Leaving Certificate Examination, 1904
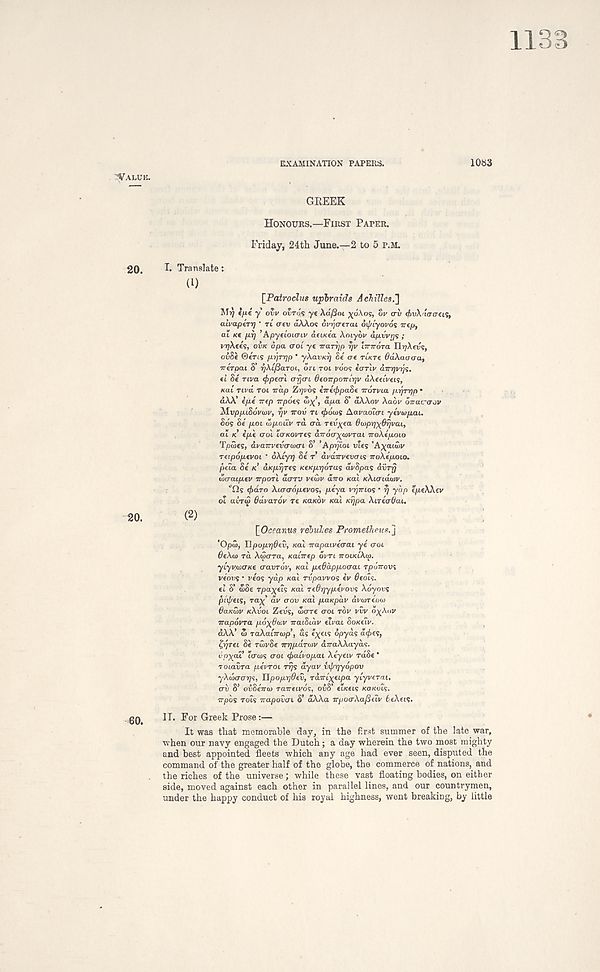
1133
EXAMINATION PAPERS.
1083
GEEEK
HONOURS.—FIRST PAPER.
Friday, 24th June.—2 to 5 r.M.
20.
I. Translate:
(0
[Patroclus upbraids Achilles.']
MJ) €//.£ y ovv OVTOS -ye Aa/Sot ^o.\os, w (rv (hvXaacrcif,
aivaptTT] • rt (rev aAAos cr^crerat oipiyovos 7T£p,
at /ce /rij ’Apyeiouriv aeiKea Aotyov apvvrjs ;
vr)kee<;, OVK Spa crot ye iraTrjp r/v hnroTa IlT/Anj?,
ov8e ©erts prjrrjp * yXavKr] Oe ere ri/cre OdXaaaa,
rrerpai S’ rj\c/3aTOt, OTl TOL VOOS earlv dTTYjVTj^.
el Se Ttva ^petri o-rjcri deoirpo-rri-qv dXeeivei<s,
Kat Til'd rot Trap Zrjvos iireifipaSe irorvia iirjTrfp •
aAA’ e/xe irep irpoes
apa 8’ aAAov Aaot' orrac-crdv
MuppiSwiov,
TTOIJ Tt ^>oai$ Aavaoiai yevtopai.
oos Se pot wpottV rd o’d red^ea QioprpxOrjvai,
at tc epe crot to'/conres aTrdcr^wvrai rroAepoio
Tptoes, dvaTrvevcraxn S’ ’Apyioi vies ’Abattoir
retpopevoi * oAtyij 8e r’ dvaTn'ewts rroAepoto.
peta Se K’ dKprjres KeKfjuqoras avSpas dvrrj
wcraipiev irpoTi doTV veibv dno teat KXuridwv.
"Cls 4>dro Xiaaop-evos, peya VIJTTIOS ’ y yap epeAAev
ot avr<2 Odvarov re KUKOV Kat K^pa XiTeaOai.
(2)
[Oc?a«.Ms rebukes Prometheus.]
'Opw, D pop.rjdev, Kat Trapaivecrai ye cot
OeXw TO. XtScrTa, Katrrep ovrt TTOIKIXW.
yiyvoxTKe cravrov, Kat peBappocrai rpoVous
ve'oos • reos yap Kat TV paw os ev Beois.
el 8’ SSe rpa-^eis Kat TeByypevovs Xoyovs
pdf/eis, ra^’ dir o-on Kai paKpdv avtorecKD
BaKwv KXVOI Zevs, werre croi TOV VVV O^AOV
Trapdvra pd-^Baiv rratStav ettrat SoKeti/.
dAA’ w TaXaiTnop’, as e^ets opyds d^es,
£yrei Se TwvSe irrjpaTwv dira.XXa.ybs.
vpyaV tertos trot t^atVopat Aeyetv rd8e *
Totavra peVrot Trjs dyav vij/yyopov
yXdxrays, TJpoprjBev, rdiriyeipa ytyverat.
trv 8’ ooSeVto raireivos. ovS’ etKCts KOKUIS.
irpbs rots rrapowi 8’ dAAa irpocrXafieiv tiXeis.
IT. For Greek Prose:—
It was that memorable day, in the first summer of the late war,
when our navy engaged the Dutch; a day wherein the two most mighty
and best appointed fleets which any age had ever seen, disputed the
command of the greater half of the globe, the commerce of nations, and
the riches of the universe; while these vast floating bodies, on either
side, moved against each other in parallel lines, and our countrymen,
under the happy conduct of his royal highness, went breaking, by little